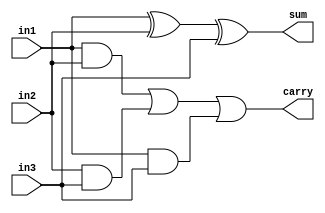
module Fadder_2_1(
  in1,
  in2,
  in3,
  sum,
carry
  );
  input in1, in2, in3;
  output sum, carry;
  assign sum=in1^in2^in3;
  assign carry=(in1&in2) | (in2&in3) | (in1&in3);
endmodule